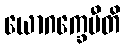
ယောဂက္ခေမီတိ